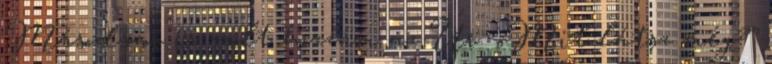
Másodszor is szólt hozzám az Úr: „Mit látsz még?”